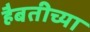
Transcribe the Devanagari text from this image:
हैबतीच्या